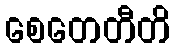
စေတေတီတိ